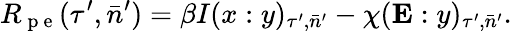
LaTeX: R_{\mathrm{~p~e~}}(\tau^{\prime},\bar{n}^{\prime})=\beta I(x:y)_{\tau^{\prime},\bar{n}^{\prime}}-\chi(\mathbf{E}:y)_{\tau^{\prime},\bar{n}^{\prime}}.